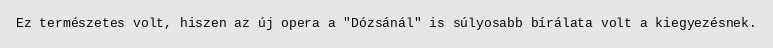
Ez természetes volt, hiszen az új opera a "Dózsánál" is súlyosabb bírálata volt a kiegyezésnek.